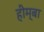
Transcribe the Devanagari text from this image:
हीम्बा